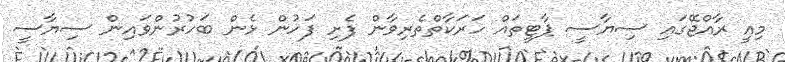
މިއީ ރާއްޖޭގައި ސިޔާސީ ޕާޓީތައް ހަރަކާތްތެރިވާން ފެށި ފަހުން ޅެން ބަހުރުންވައިން ސިޔާސީ